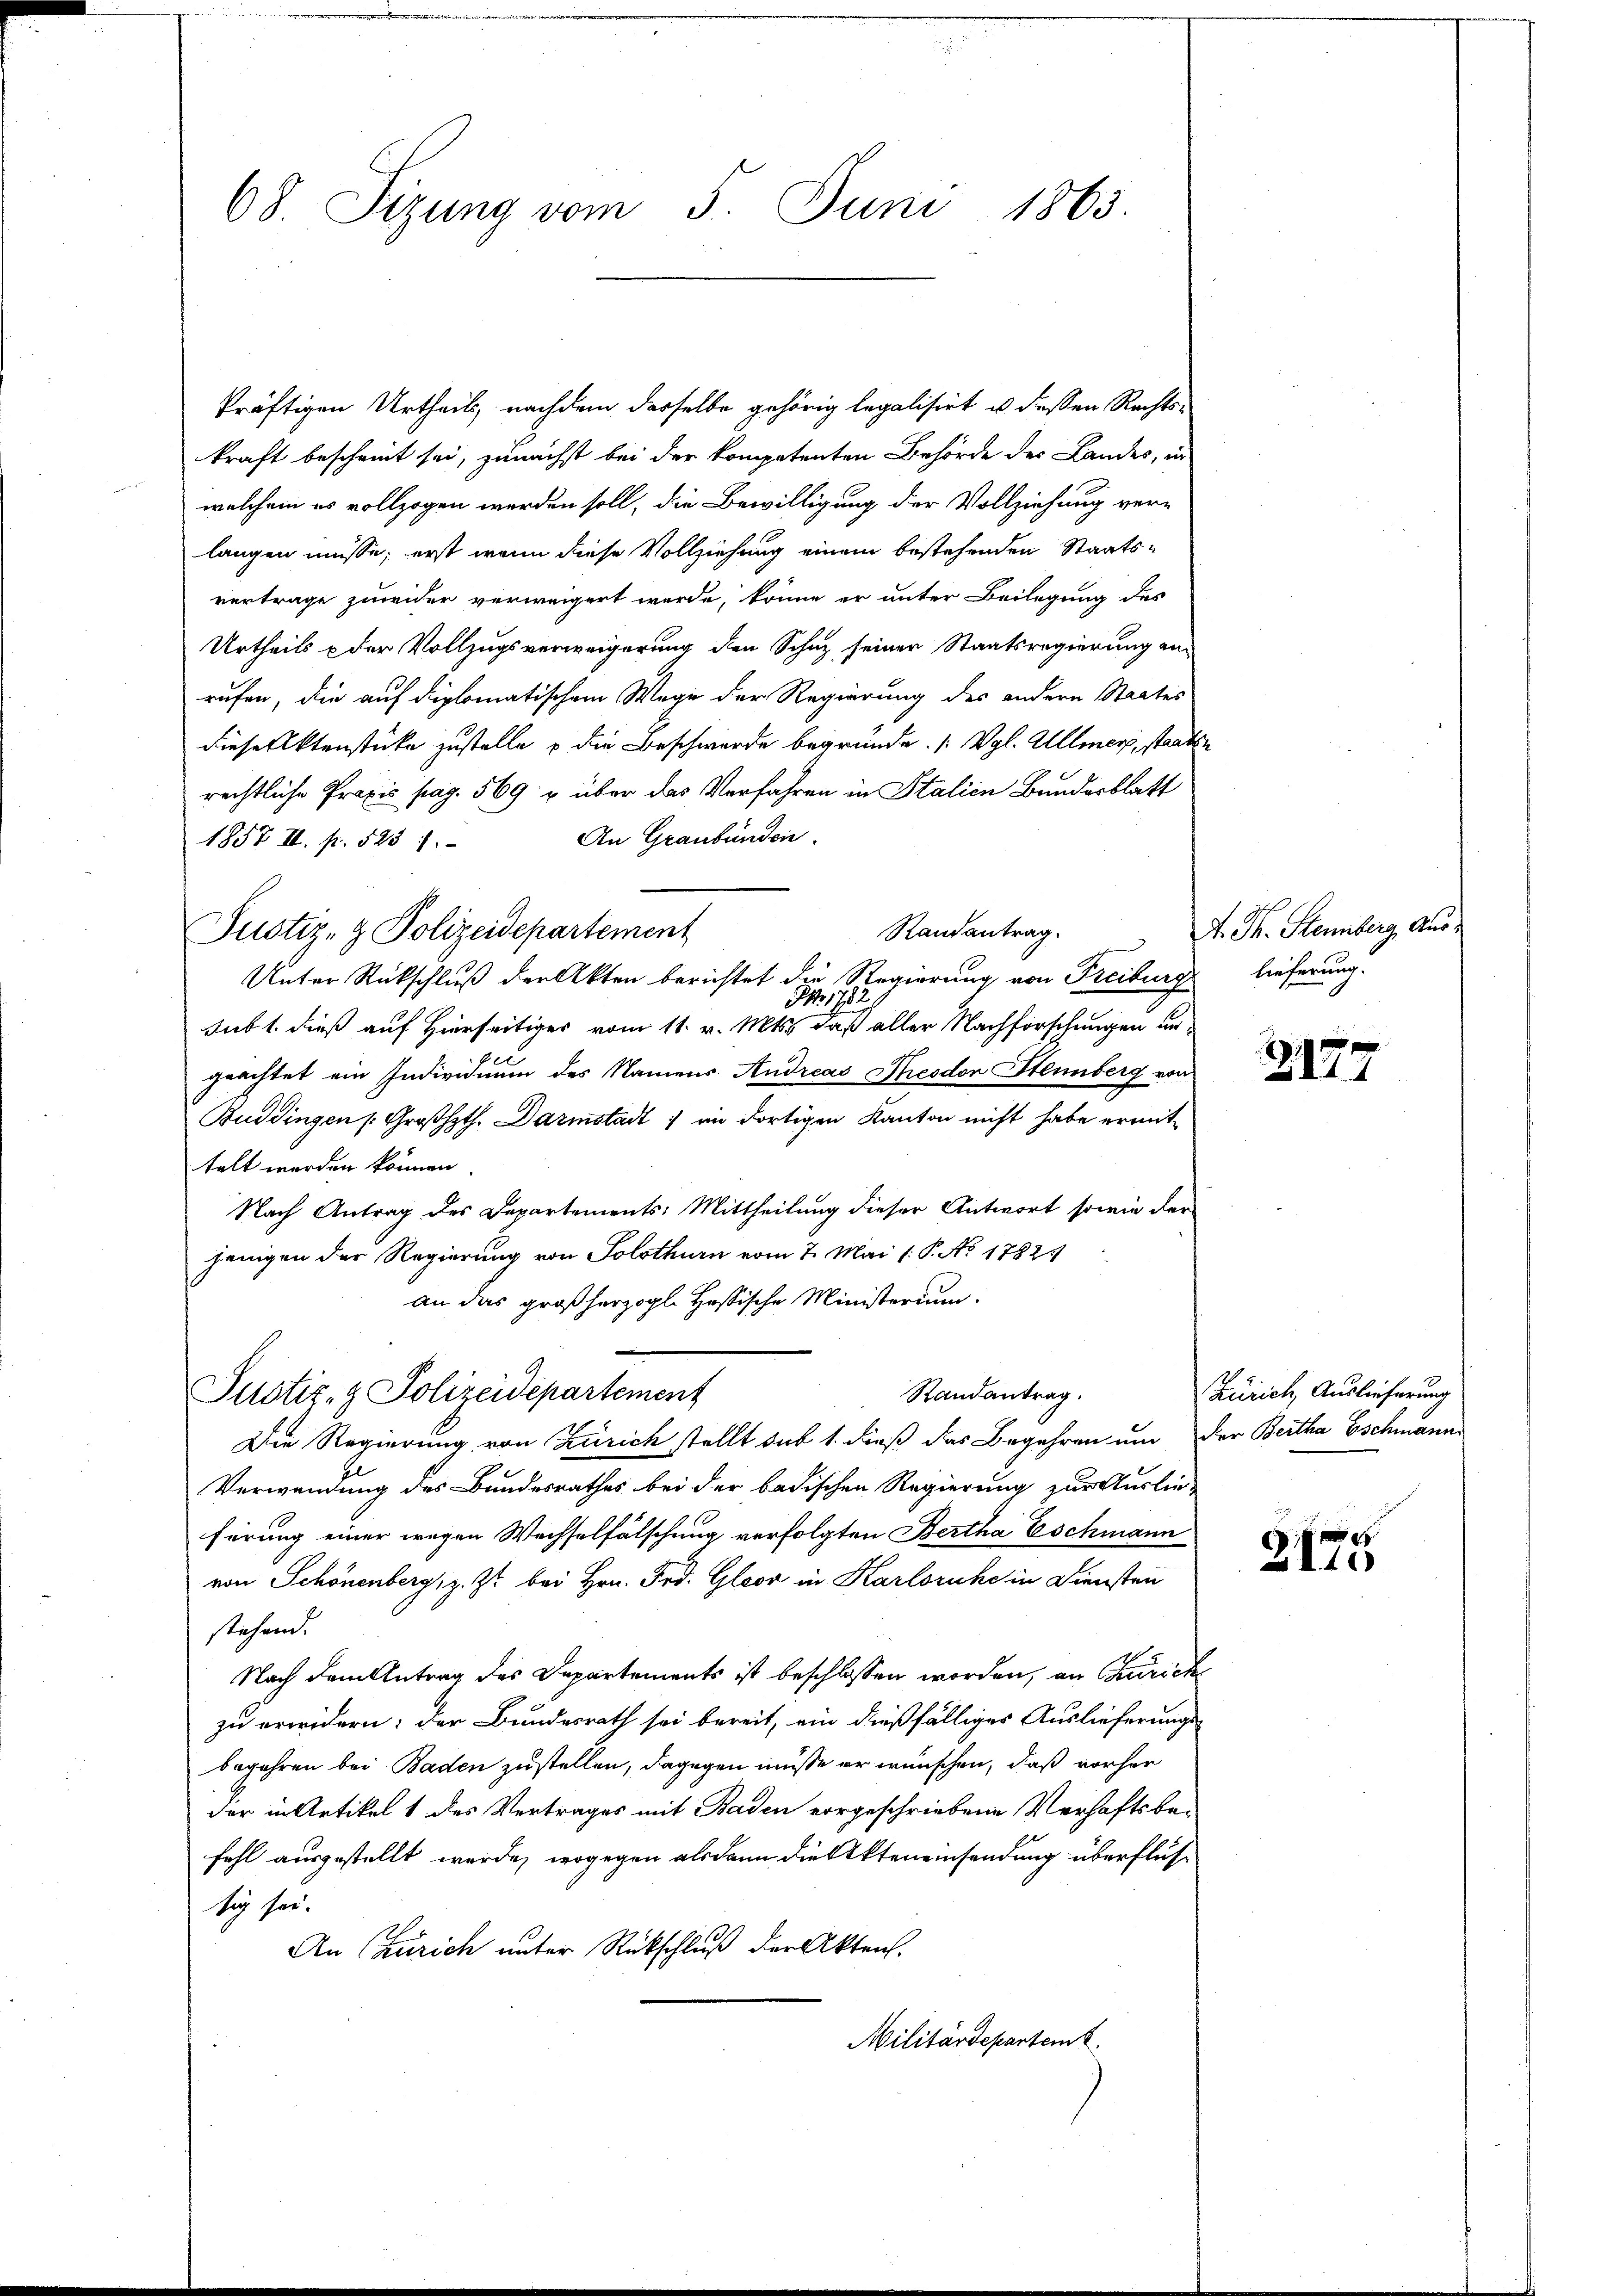
68. Sizung vom 5. Juni 1863.

kräftigen Urtheils, nachdem dasselbe gehörig legalisirt u dessen Rechts-
kraft bescheint sei, zunächst bei der kompetenten Behörde des Landes, in
welchem es vollzogen werden soll, die Bewilligung der Vollziehung ver-
langen müsse; erst wenn diese Vollziehung einem bestehenden Staats-
vertrage zuwider verweigert werde, könne er unter Beilegung des
Urtheils & der Vollzugsverweigerung den Schuz seiner Staatsregierung an
rufen, die auf diplomatischem Wege der Regierung des andern Staates
Diese Aktenstücke zustelle u die Beschwerde begründe. (Vgl. Allmer, staatsrechtliche Praxis pag. 569 u über das Verfahren in Stalien Bundesblatt
An Graubünden.
1857 II. p. 523 1
Randantrag.
Unter Rückschluß der Akten berichtet die Regierung von Freiburg
Ao 1782.
sub 1. dieß auf Hierseitiges vom 11. v. Mts. daß aller Nachforschungen ungeachtet ein Individuum des Namens. Andreas Theodor Stenberg von
Buddingen Großhoth. Darmstadt im dortigen Kanton nicht habe ermittelt werden können.
Nach Antrag des Departements: Mittheilung dieser Antwort sowie der
jenigen der Regierung von Solothurn vom 7. Mai l. P. No 18821
an das großherzogl. Hassische Ministerium.
Randantrag.
Justiz- & Polizeidepartement
Die Regierung von Zürich stellt sub 1. dieß das Begehren um der Bertha Eschmann
Verwendung des Bundesrathes bei der badischen Regierung zur Auslie-
ferung einer wegen Wechselfälschung verfolgten Bertha Eschmann
von Schönenberg, z. Zt. bei Hrn. Frd. Gloor in Karlsruhe in Diensten
stehen.
Nach dem Antrag des Departements ist beschlossen worden, an Zürich
zu erwidern: der Bundesrath sei bereit, ein dießfälliges Auslieferungs-
begehren bei Baden zustellen, dagegen müsse er wünschen, daß vorher
der in Artikel 1 des Vertrages mit Baden vorgeschriebene Verhaftsbefahl ausgestellt werde, wogegen alsdann die Akteneinsendung überflüssic sei.
An (Zürich unter Rückschluß der Akten.
Militärdepartem

Justiz- & Polizeidepartement

A. Th. Steinberg, Auslieferung.

Z. 177

Zürich, Auslieferung

2175